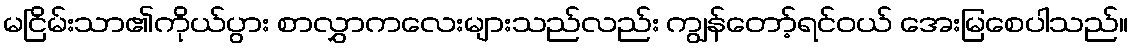
မငြိမ်းသာ၏ကိုယ်ပွား စာလွှာကလေးများသည်လည်း ကျွန်တော့်ရင်ဝယ် အေးမြစေပါသည်။